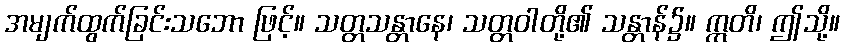
အမျက်ထွက်ခြင်းသဘော ဖြင့်။ သတ္တသန္တာနေ၊ သတ္တဝါတို့၏ သန္တာန်၌။ ဣတိ၊ ဤသို့။